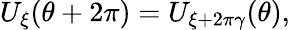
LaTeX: U_{\xi}(\theta+2\pi)=U_{\xi+2\pi\gamma}(\theta),